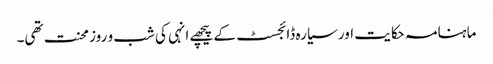
ماہنامہ حکایت اور سیارہ ڈائجسٹ کے پیچھے انہی کی شب و روز محنت تھی۔